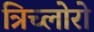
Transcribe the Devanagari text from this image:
त्रिच्लोरो